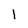
Character: I